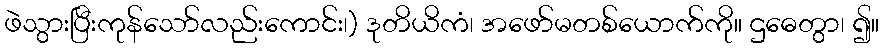
ဖဲသွားပြီးကုန်သော်လည်းကောင်း၊) ဒုတိယိကံ၊ အဖော်မတစ်ယောက်ကို။ ဌဓေတွာ၊ ၍။